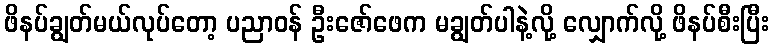
ဖိနပ်ချွတ်မယ်လုပ်တော့ ပညာဝန် ဦးဇော်ဖေက မချွတ်ပါနဲ့လို့ လျှောက်လို့ ဖိနပ်စီးပြီး